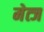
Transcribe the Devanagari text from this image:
मेत्ज